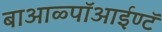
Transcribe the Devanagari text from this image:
बाआळ्पॉआईण्टॅ